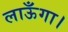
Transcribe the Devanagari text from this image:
लाऊँगा।